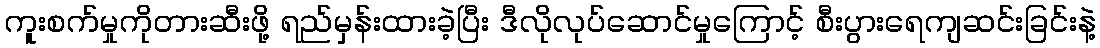
ကူးစက်မှုကိုတားဆီးဖို့ ရည်မှန်းထားခဲ့ပြီး ဒီလိုလုပ်ဆောင်မှုကြောင့် စီးပွားရေကျဆင်းခြင်းနဲ့